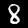
Label: 8